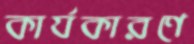
কার্যকারণে